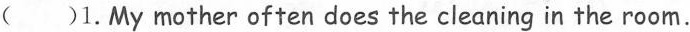
()1.My mother often does the cleaning in the room.